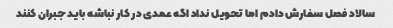
سالاد فصل سفارش دادم اما تحویل نداد اگه عمدی در کار نباشه باید جبران کنند